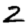
Digit: 2